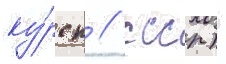
ку́рск / ссср) -